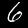
Digit: 6